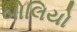
બોલિયો